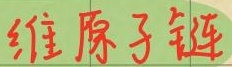
维原子链